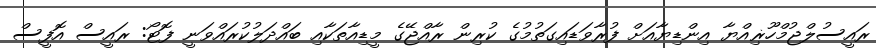
ރައީސުލްޖުމްހޫޜިއްޔާ އިންޑިޔާއަށް ފުރާވަޑައިގަތުމުގެ ކުރިން ރާއްޖޭގެ މީޑިއާތަކާއި ބައްދަލުކުރައްވަނީ ފޮޓޯ: ރައީސް އޮފީސް